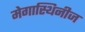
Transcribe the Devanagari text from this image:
मेगास्थिनीज